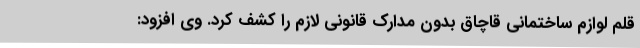
قلم لوازم ساختمانی قاچاق بدون مدارک قانونی لازم را کشف کرد. وی افزود: